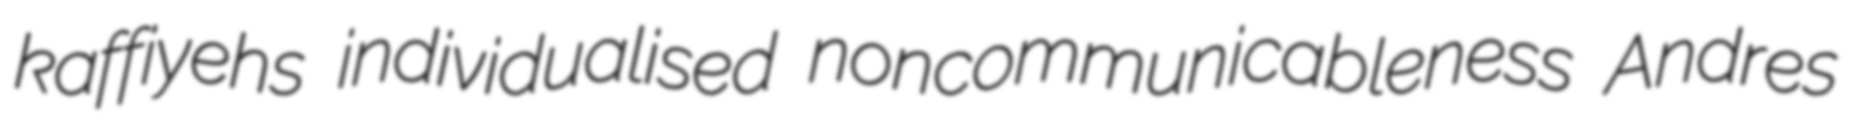
kaffiyehs individualised noncommunicableness Andres